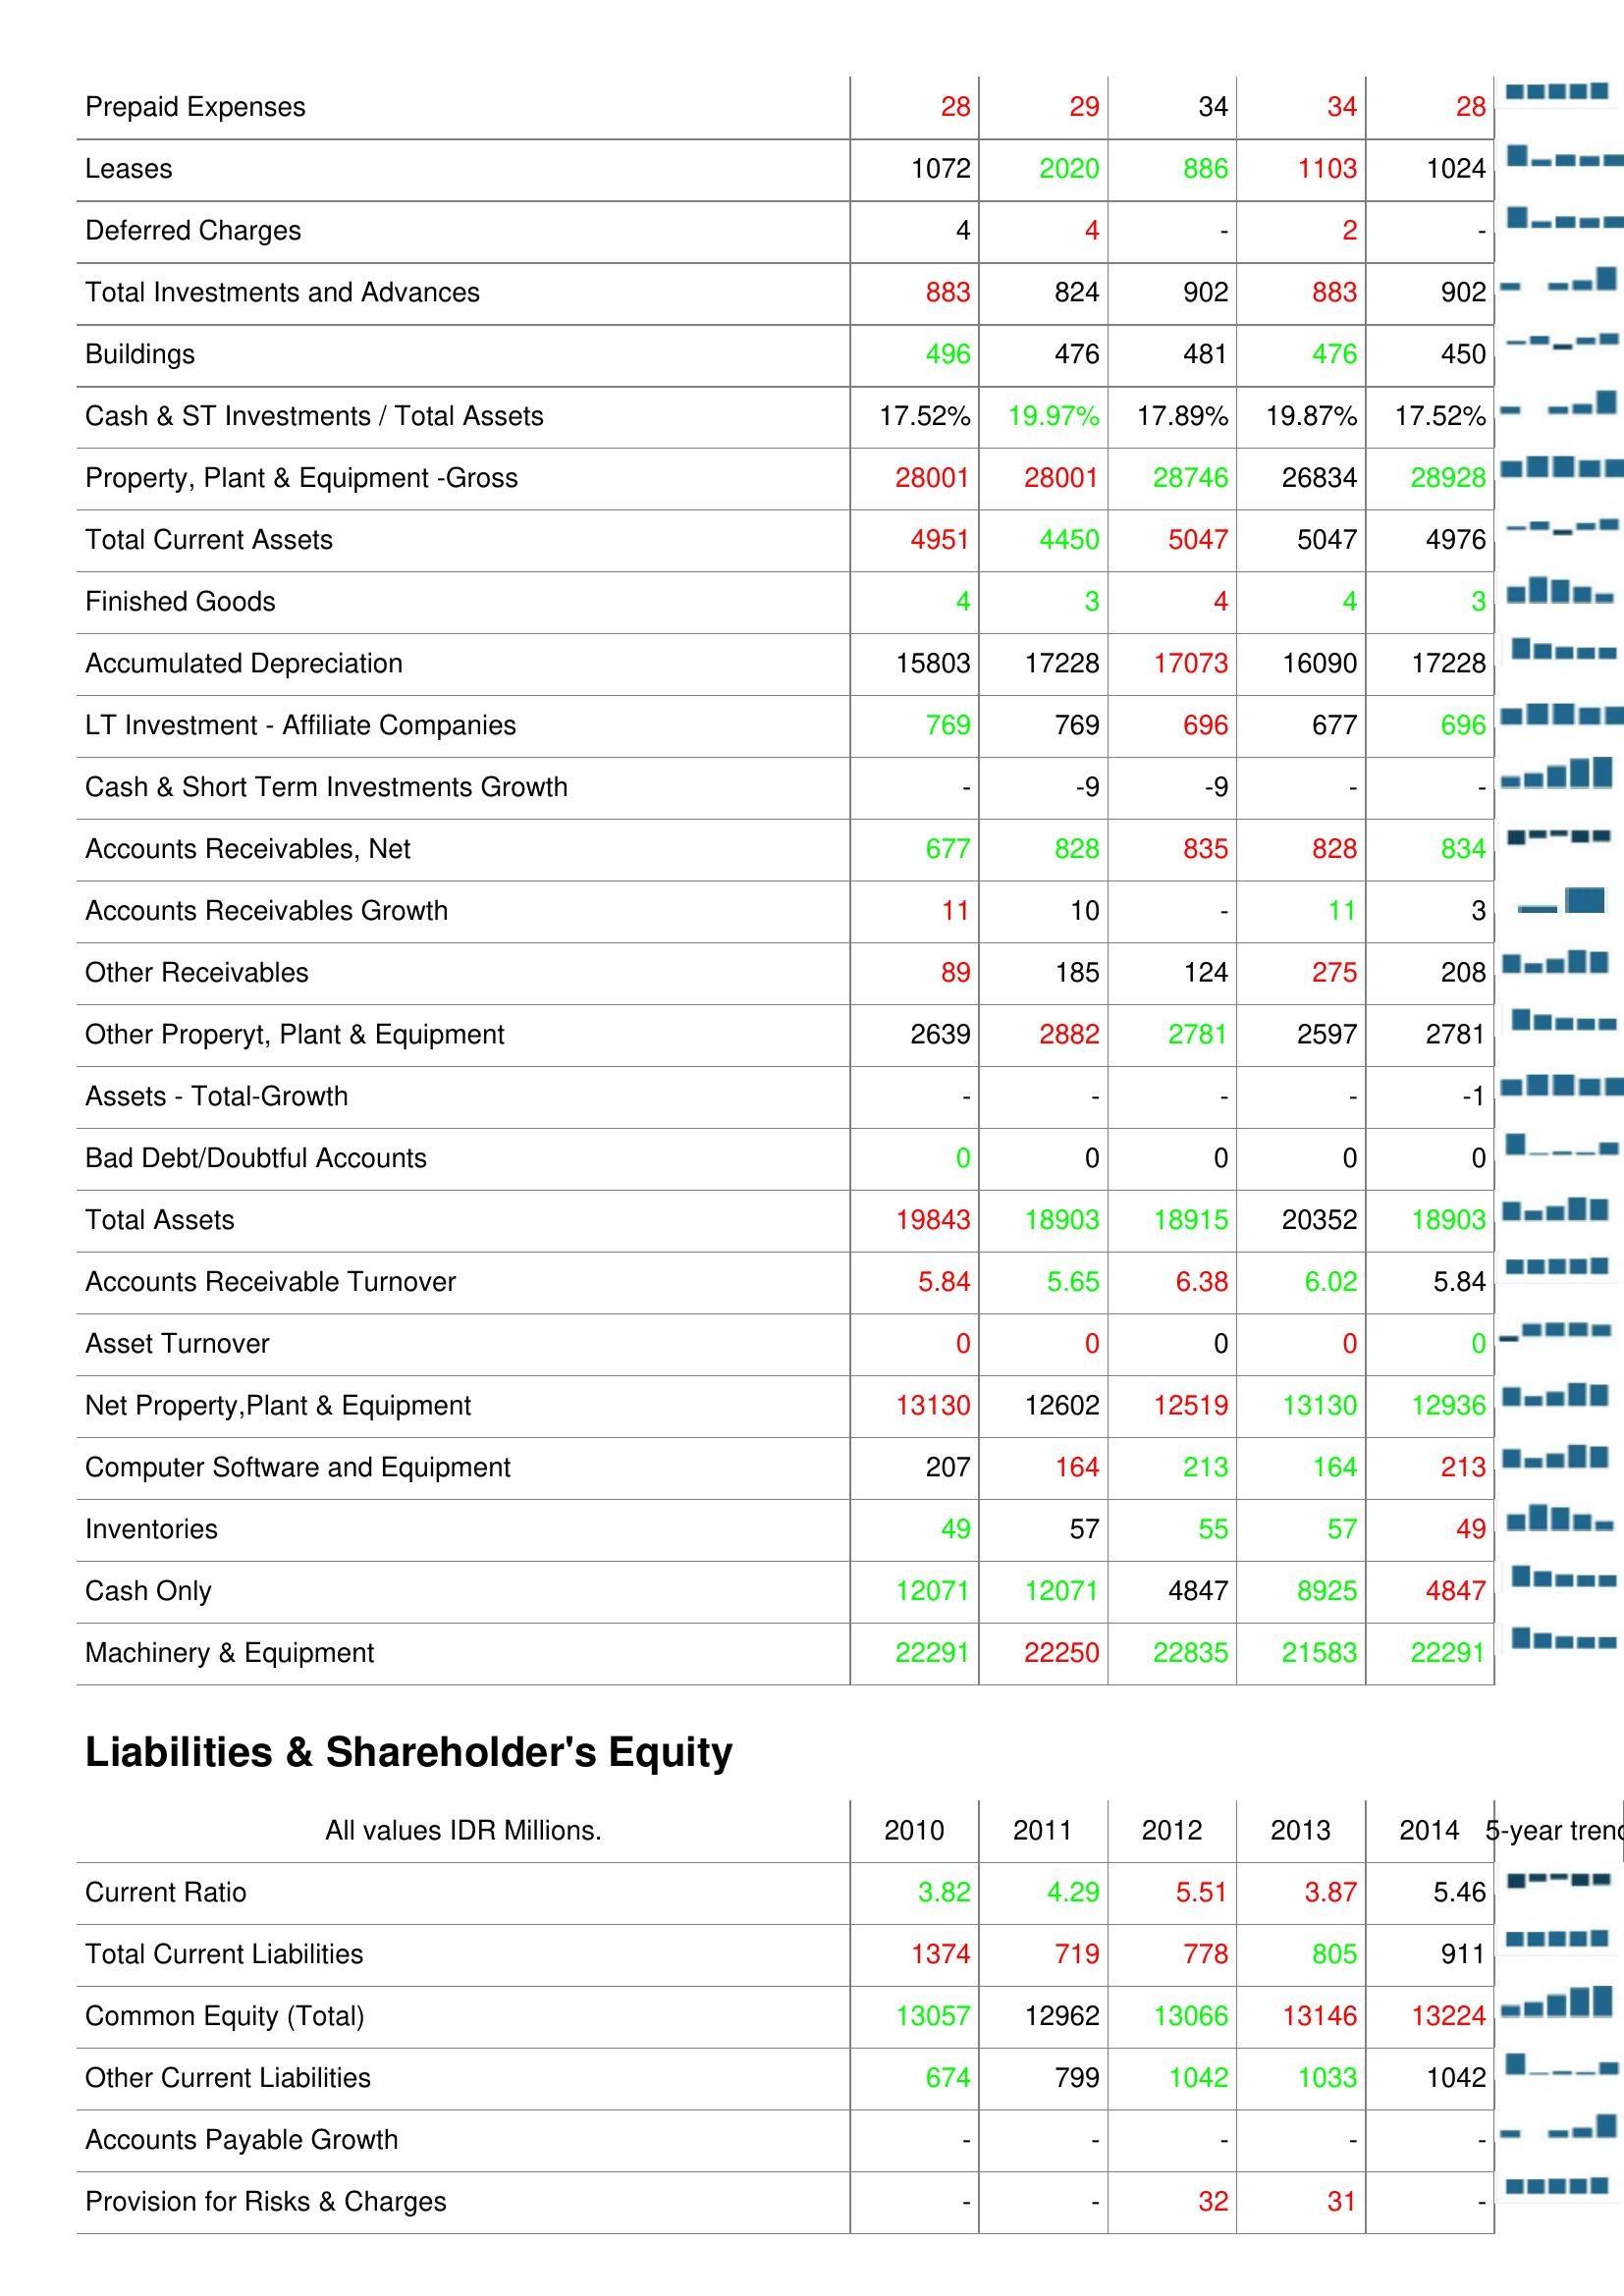
2010: Assets: Prepaid Expenses: 28
Leases: 1072
Deferred Charges: 4
Total Investments and Advances: 883
Buildings: 496
Cash & ST Investments / Total Assets: 17.52%
Property, Plant & Equipment -Gross: 28001
Total Current Assets: 4951
Finished Goods: 4
Accumulated Depreciation: 15803
LT Investment - Affiliate Companies: 769
Cash & Short Term Investments Growth: -
Accounts Receivables, Net: 677
Accounts Receivables Growth: 11
Other Receivables: 89
Other Properyt, Plant & Equipment: 2639
Assets - Total-Growth: -
Bad Debt/Doubtful Accounts: 0
Total Assets: 19843
Accounts Receivable Turnover: 5.84
Asset Turnover: 0
Net Property,Plant & Equipment: 13130
Computer Software and Equipment: 207
Inventories: 49
Cash Only: 12071
Machinery & Equipment: 22291
Liabilities & Shareholder's Equity: Current Ratio: 3.82
Total Current Liabilities: 1374
Common Equity (Total): 13057
Other Current Liabilities: 674
Accounts Payable Growth: -
Provision for Risks & Charges: -
2011: Assets: Prepaid Expenses: 29
Leases: 2020
Deferred Charges: 4
Total Investments and Advances: 824
Buildings: 476
Cash & ST Investments / Total Assets: 19.97%
Property, Plant & Equipment -Gross: 28001
Total Current Assets: 4450
Finished Goods: 3
Accumulated Depreciation: 17228
LT Investment - Affiliate Companies: 769
Cash & Short Term Investments Growth: -9
Accounts Receivables, Net: 828
Accounts Receivables Growth: 10
Other Receivables: 185
Other Properyt, Plant & Equipment: 2882
Assets - Total-Growth: -
Bad Debt/Doubtful Accounts: 0
Total Assets: 18903
Accounts Receivable Turnover: 5.65
Asset Turnover: 0
Net Property,Plant & Equipment: 12602
Computer Software and Equipment: 164
Inventories: 57
Cash Only: 12071
Machinery & Equipment: 22250
Liabilities & Shareholder's Equity: Current Ratio: 4.29
Total Current Liabilities: 719
Common Equity (Total): 12962
Other Current Liabilities: 799
Accounts Payable Growth: -
Provision for Risks & Charges: -
2012: Assets: Prepaid Expenses: 34
Leases: 886
Deferred Charges: -
Total Investments and Advances: 902
Buildings: 481
Cash & ST Investments / Total Assets: 17.89%
Property, Plant & Equipment -Gross: 28746
Total Current Assets: 5047
Finished Goods: 4
Accumulated Depreciation: 17073
LT Investment - Affiliate Companies: 696
Cash & Short Term Investments Growth: -9
Accounts Receivables, Net: 835
Accounts Receivables Growth: -
Other Receivables: 124
Other Properyt, Plant & Equipment: 2781
Assets - Total-Growth: -
Bad Debt/Doubtful Accounts: 0
Total Assets: 18915
Accounts Receivable Turnover: 6.38
Asset Turnover: 0
Net Property,Plant & Equipment: 12519
Computer Software and Equipment: 213
Inventories: 55
Cash Only: 4847
Machinery & Equipment: 22835
Liabilities & Shareholder's Equity: Current Ratio: 5.51
Total Current Liabilities: 778
Common Equity (Total): 13066
Other Current Liabilities: 1042
Accounts Payable Growth: -
Provision for Risks & Charges: 32
2013: Assets: Prepaid Expenses: 34
Leases: 1103
Deferred Charges: 2
Total Investments and Advances: 883
Buildings: 476
Cash & ST Investments / Total Assets: 19.87%
Property, Plant & Equipment -Gross: 26834
Total Current Assets: 5047
Finished Goods: 4
Accumulated Depreciation: 16090
LT Investment - Affiliate Companies: 677
Cash & Short Term Investments Growth: -
Accounts Receivables, Net: 828
Accounts Receivables Growth: 11
Other Receivables: 275
Other Properyt, Plant & Equipment: 2597
Assets - Total-Growth: -
Bad Debt/Doubtful Accounts: 0
Total Assets: 20352
Accounts Receivable Turnover: 6.02
Asset Turnover: 0
Net Property,Plant & Equipment: 13130
Computer Software and Equipment: 164
Inventories: 57
Cash Only: 8925
Machinery & Equipment: 21583
Liabilities & Shareholder's Equity: Current Ratio: 3.87
Total Current Liabilities: 805
Common Equity (Total): 13146
Other Current Liabilities: 1033
Accounts Payable Growth: -
Provision for Risks & Charges: 31
2014: Assets: Prepaid Expenses: 28
Leases: 1024
Deferred Charges: -
Total Investments and Advances: 902
Buildings: 450
Cash & ST Investments / Total Assets: 17.52%
Property, Plant & Equipment -Gross: 28928
Total Current Assets: 4976
Finished Goods: 3
Accumulated Depreciation: 17228
LT Investment - Affiliate Companies: 696
Cash & Short Term Investments Growth: -
Accounts Receivables, Net: 834
Accounts Receivables Growth: 3
Other Receivables: 208
Other Properyt, Plant & Equipment: 2781
Assets - Total-Growth: -1
Bad Debt/Doubtful Accounts: 0
Total Assets: 18903
Accounts Receivable Turnover: 5.84
Asset Turnover: 0
Net Property,Plant & Equipment: 12936
Computer Software and Equipment: 213
Inventories: 49
Cash Only: 4847
Machinery & Equipment: 22291
Liabilities & Shareholder's Equity: Current Ratio: 5.46
Total Current Liabilities: 911
Common Equity (Total): 13224
Other Current Liabilities: 1042
Accounts Payable Growth: -
Provision for Risks & Charges: -